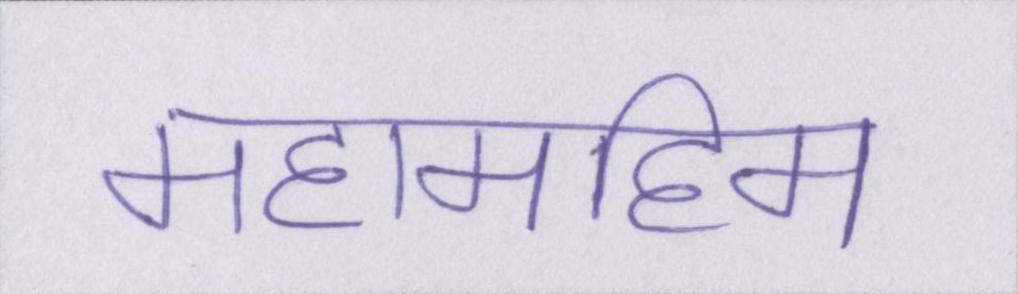
महामहिम